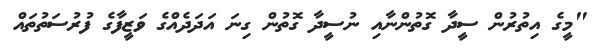
"މީގެ އިތުރުން ސީދާ ގޮތުންނާއި ނުސީދާ ގޮތުން ގިނަ އަދަދެއްގެ ވަޒީފާގެ ފުރުސަތުތައް